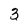
Character: 3